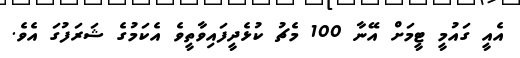
އެއީ ގައުމީ ޓީމަށް އޭނާ 100 މެޗު ކުޅެދީފައިވާތީވެ އެކަމުގެ ޝަރަފުގަ އެވެ.